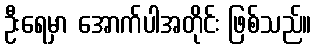
ဦးရေမှာ အောက်ပါအတိုင်း ဖြစ်သည်။